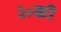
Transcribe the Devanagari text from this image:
३०की